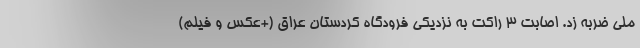
ملی ضربه زد. اصابت 3 راکت به نزدیکی فرودگاه کردستان عراق (+عکس و فیلم)